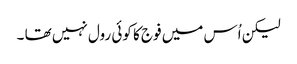
لیکن اُس میں فوج کا کوئی رول نہیں تھا ۔